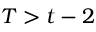
T > t - 2